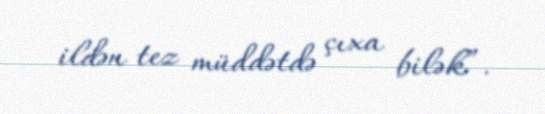
ildən tez müddətdə çıxa bilək”.